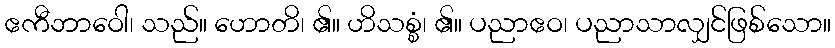
ဧကီဘာဝေါ၊ သည်။ ဟောတိ၊ ၏။ ဟိသစ္စံ၊ ၏။ ပညာဧဝ၊ ပညာသာလျှင်ဖြစ်သော။